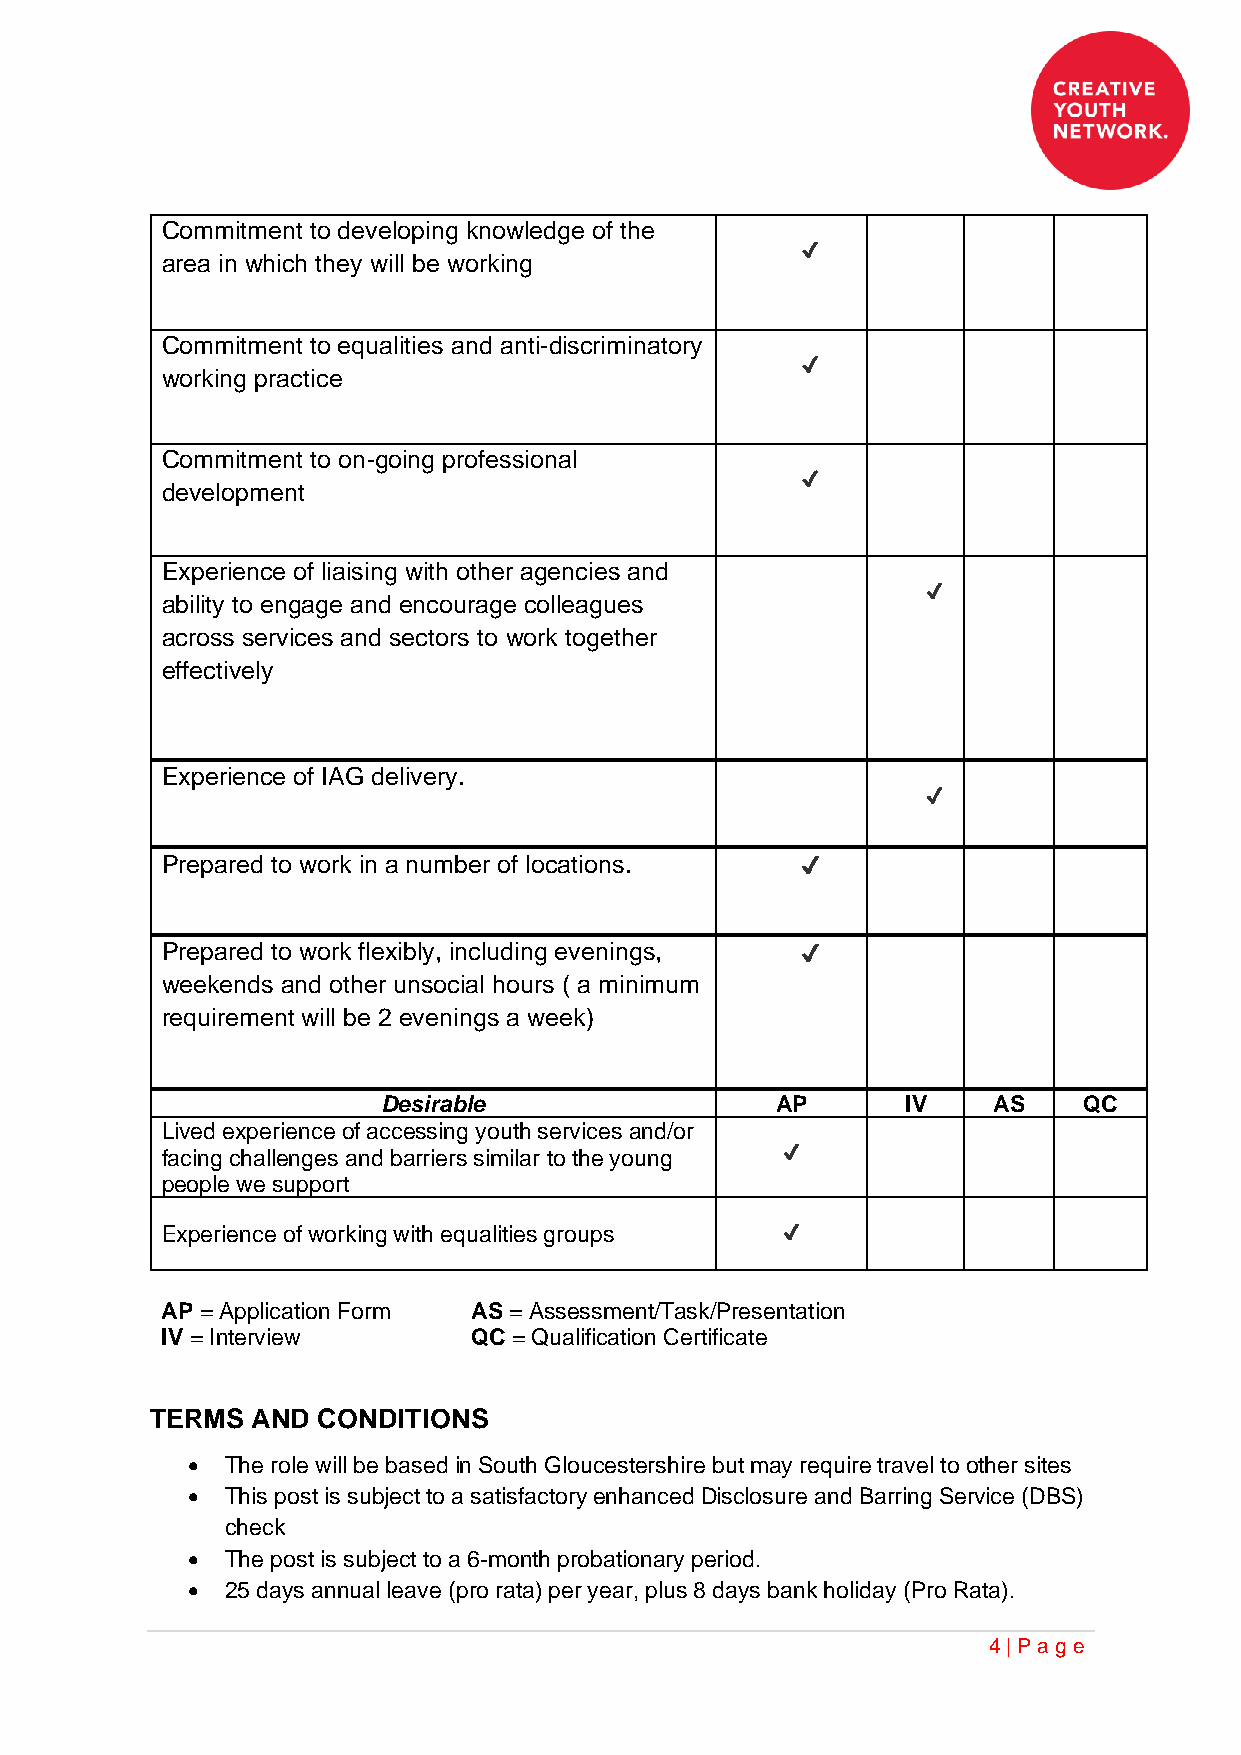
Commitment to developing knowledge of the
 ✔
 area in which they will be working
 Commitment to equalities and anti-discriminatory
 ✔
 working practice
 Commitment to on-going professional
 ✔
 development
 Experience of liaising with other agencies and
 ✔
 ability to engage and encourage colleagues
 across services and sectors to work together
 effectively
 Experience of IAG delivery.
 ✔
 Prepared to work in a number of locations. ✔
 Prepared to work flexibly, including evenings, ✔
 weekends and other unsocial hours ( a minimum
 requirement will be 2 evenings a week)
 Desirable                 AP       IV    AS    QC
 Lived experience of accessing youth services and/or
 facing challenges and barriers similar to the young ✔
 people we support
 Experience of working with equalities groups ✔
 AP = Application Form AS = Assessment/Task/Presentation
 IV = Interview      QC = Qualification Certificate
 TERMS  AND CONDITIONS
 •  The role will be based in South Gloucestershire but may require travel to other sites
 •  This post is subject to a satisfactory enhanced Disclosure and Barring Service (DBS)
 check
 •  The post is subject to a 6-month probationary period.
 •  25 days annual leave (pro rata) per year, plus 8 days bank holiday (Pro Rata).
 4 | Pa ge